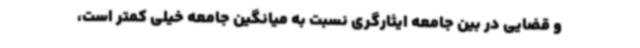
و قضایی در بین جامعه ایثارگری نسبت به میانگین جامعه خیلی کمتر است،